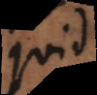
Quid